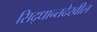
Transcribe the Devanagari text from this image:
सिद्धान्तदेखील